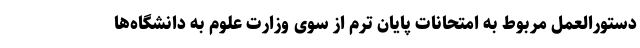
دستورالعمل مربوط به امتحانات پایان ترم از سوی وزارت علوم به دانشگاه‌ها